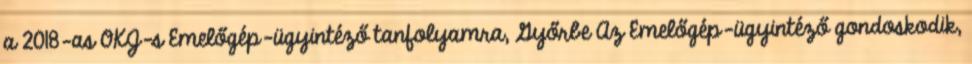
a 2018-as OKJ-s Emelőgép-ügyintéző tanfolyamra, Győrbe Az Emelőgép-ügyintéző gondoskodik,